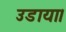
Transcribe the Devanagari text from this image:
उडाया।